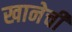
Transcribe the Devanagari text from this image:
खानेची